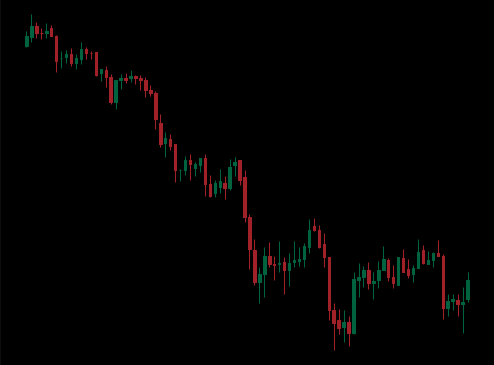
Pattern: unclassified